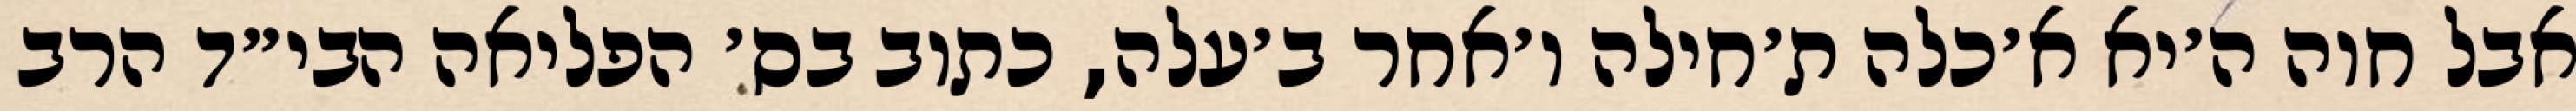
אבל חוה ה׳יא א׳כלה ת׳חילה ו׳אחר ב׳עלה, כתוב בס׳ הפליאה הבי״ד הרב